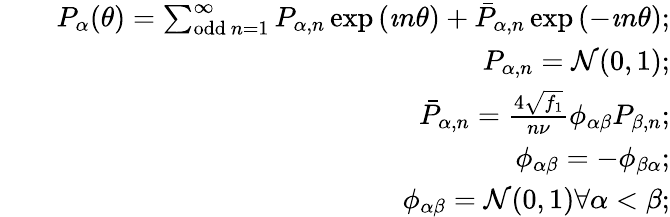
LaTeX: \begin{array}{rlr}&{}&{P_{\alpha}(\theta)=\sum_{\mathrm{odd~}n=1}^{\infty}P_{\alpha,n}\exp\left(\imath n\theta\right)+\bar{P}_{\alpha,n}\exp\left(-\imath n\theta\right);}\\ &{}&{P_{\alpha,n}=\mathcal N(0,1);}\\ &{}&{\bar{P}_{\alpha,n}=\frac{4\sqrt{f_{1}}}{n\nu}\phi_{\alpha\beta}P_{\beta,n};}\\ &{}&{\phi_{\alpha\beta}=-\phi_{\beta\alpha};}\\ &{}&{\phi_{\alpha\beta}=\mathcal N(0,1)\forall\alpha<\beta;}\end{array}